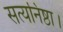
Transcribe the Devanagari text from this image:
सत्यनिष्ठा।